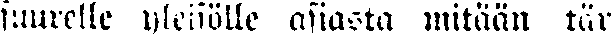
suurelle yleisölle asiasta mitään tär-